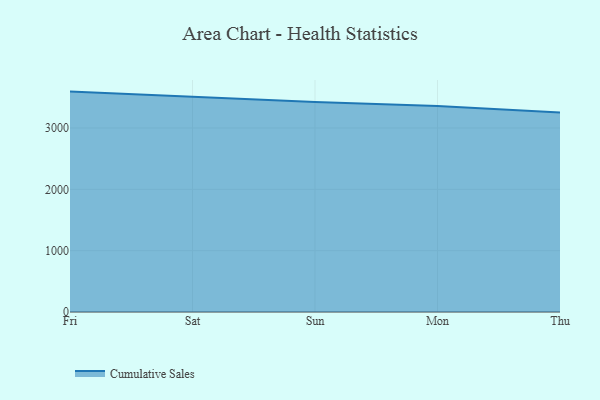
{"axis": {"x": "Day", "y": "Page Views"}, "legend": ["Cumulative Sales"], "data": [{"x": "Fri", "y": 3593.1, "type": "Cumulative Sales"}, {"x": "Sat", "y": 3504.9, "type": "Cumulative Sales"}, {"x": "Sun", "y": 3424.3, "type": "Cumulative Sales"}, {"x": "Mon", "y": 3358.4, "type": "Cumulative Sales"}, {"x": "Thu", "y": 3252.4, "type": "Cumulative Sales"}]}